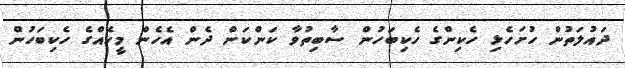
ދައުލަތުން ހުށަހެޅި ހެކިންގެ ހެކިބަހުން ސާބިތުވާ ކަންކަން ދެން އެހެން މީހެއްގެ ހެކިބަހުން